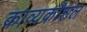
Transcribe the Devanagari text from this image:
काव्यकौशल